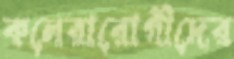
কলেরারোগীদের